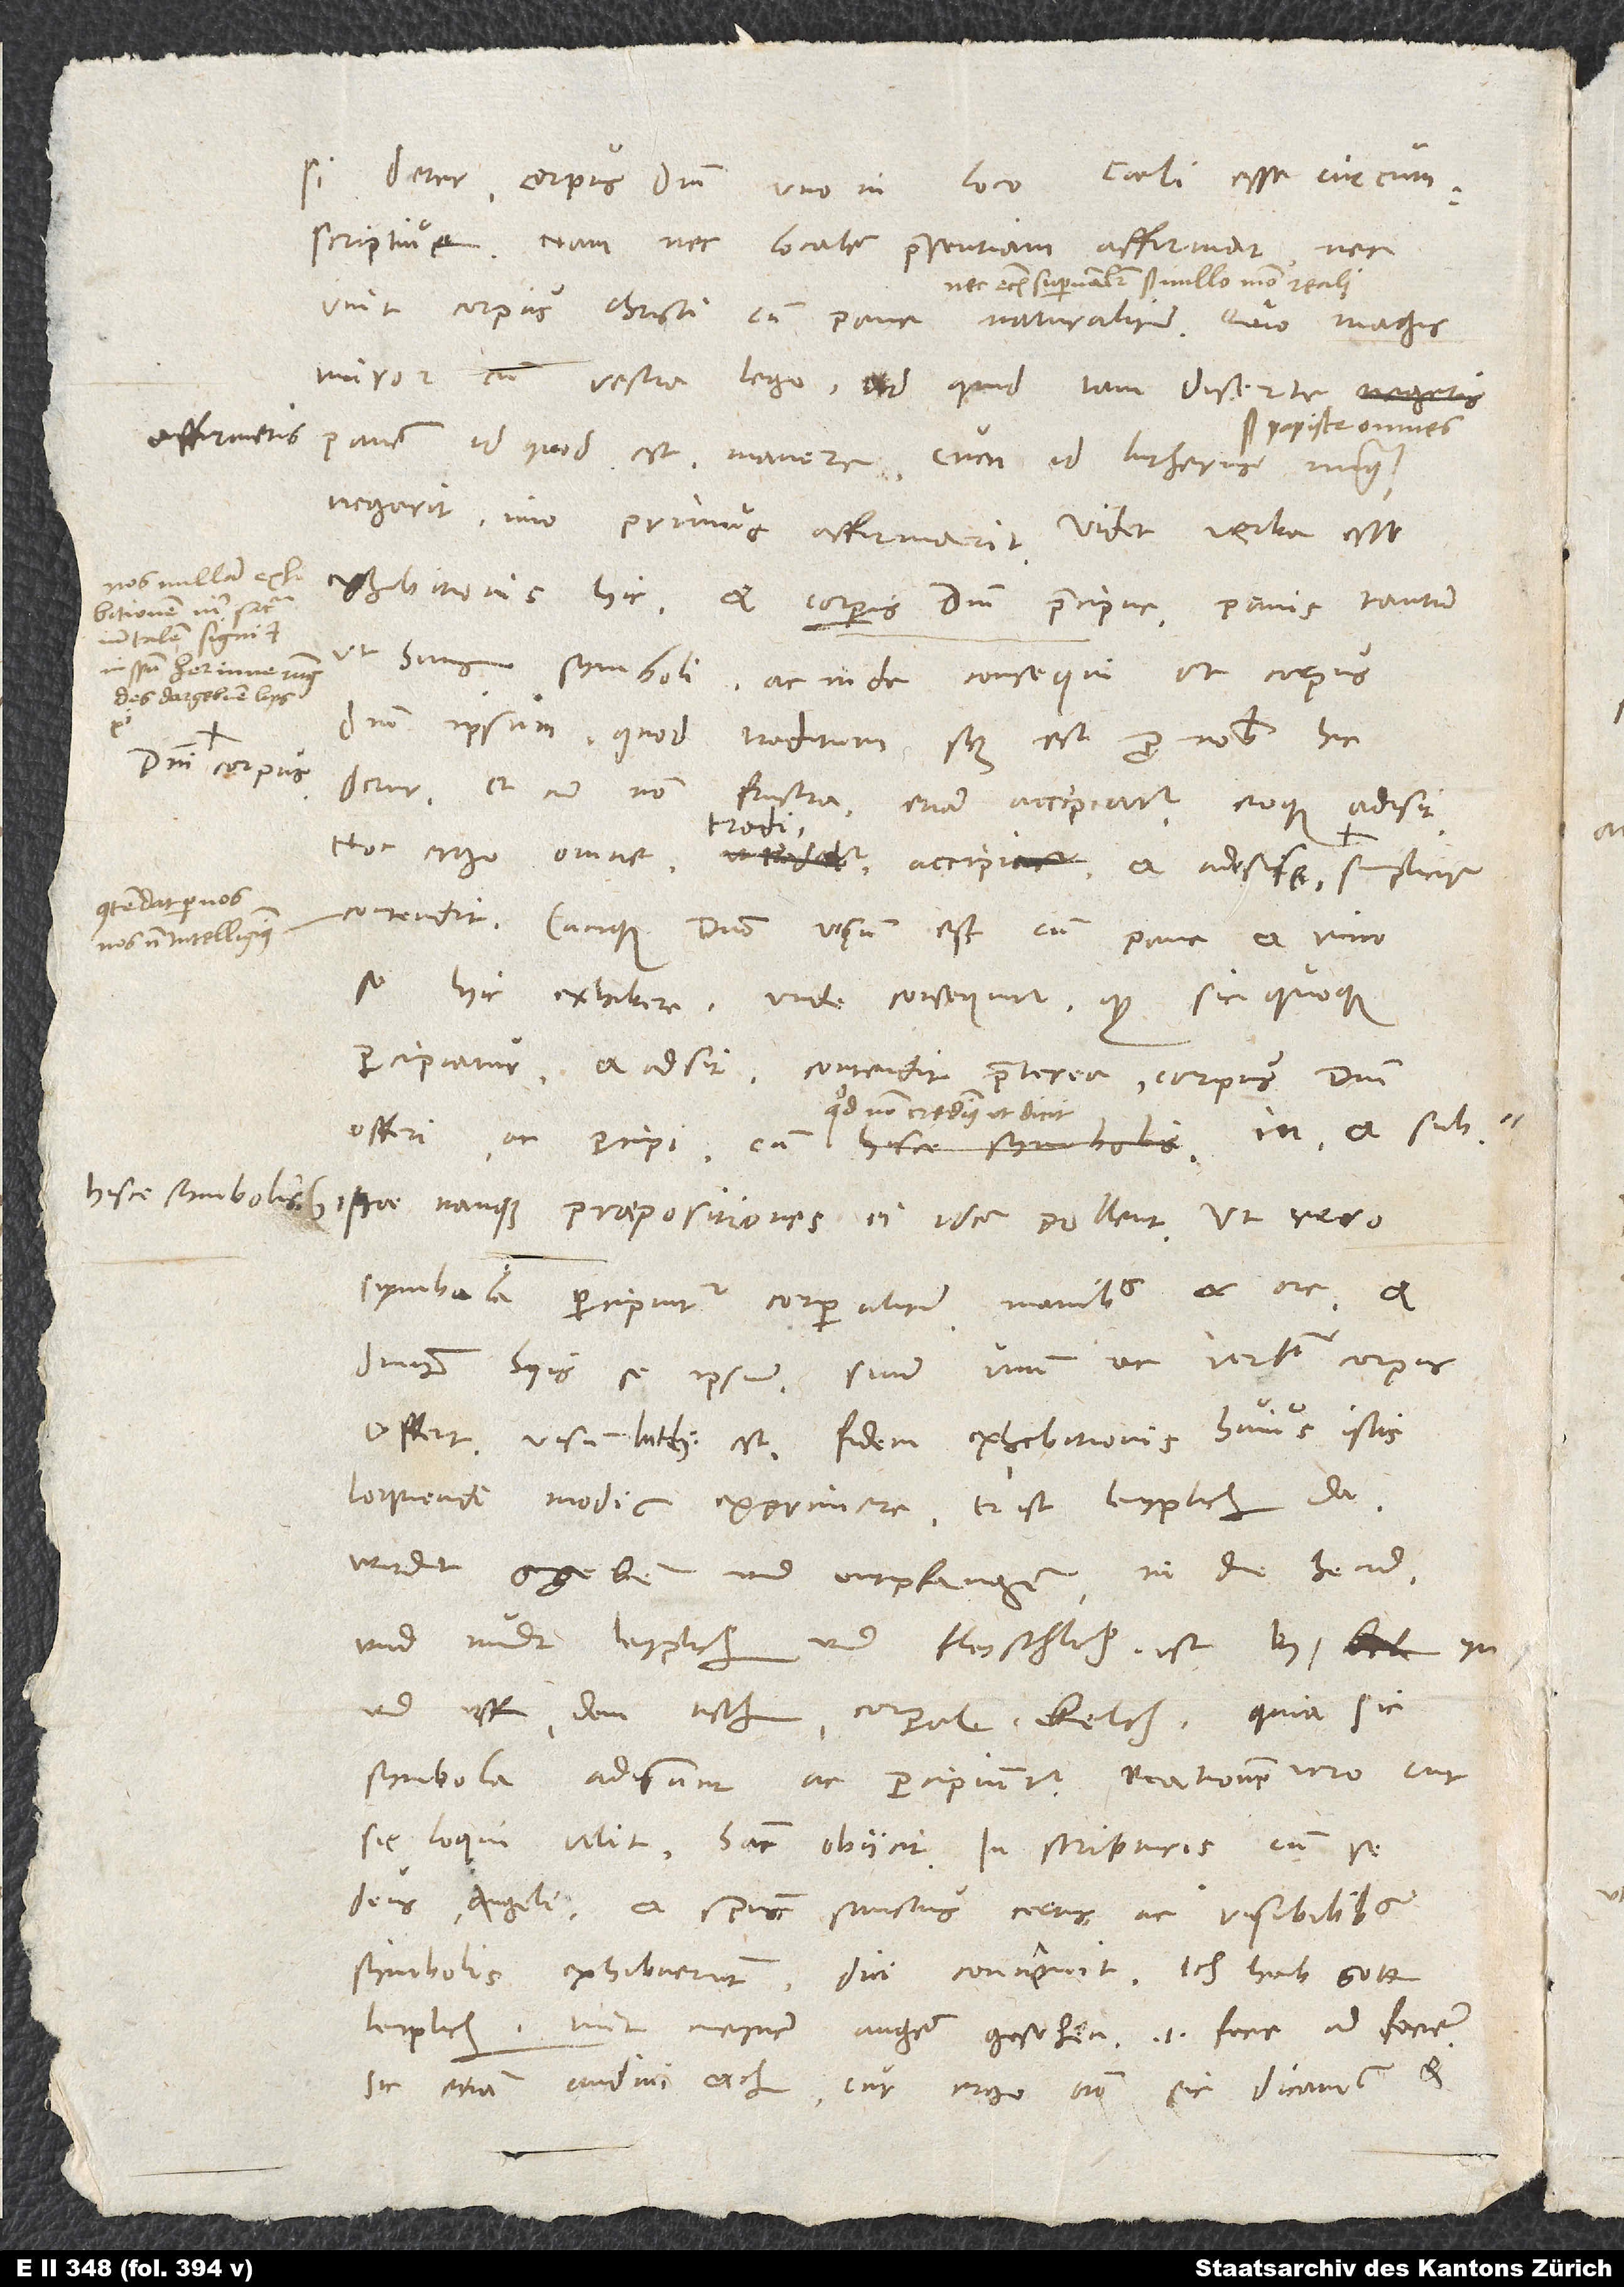
affirmetis
domini corpus,

detur corpus domini uno in loco
unit corpus Christi cum pane naturaliter. Quo magis
miror, cum vestra lego, quid tam diserte
panem id, quod est, manere, cum id Lutherus nunquam
negarit, imo primus affirmant. Videt verba esse
exhibitionis hic, et corporis domini praecipue, panis tantum
ut huius symboli, ac inde consequi, ut corpus
domini ipsum, quod traditum scilicet est pro nobis, hic
detur, et cum non frustra, etiam accipiatur eoque adsit.
contendit, cunque domino visum est cum pane et vino
se hic exhibere, unde consequitur, quod sic quoque
percipiatur et adsit, contendit praeterea corpus domini
offeri est fidem exhibitionis huius istis
loquendi modis exprimere: Er ist leyplich da,
wirdt gegeben und entpfangen in die hend
und mundt leyplich und fleyschlich, ist by, yn
und uff dem tisch, corporale, kelch, quia sic
sic loqui velit, hanc obiicit: In scripturis cum se
deus, angeli et spiritus sanctus certis ac visibilibus
symbolis exhibuerunt, dici convenit: Ich hab gott
leiplich, mit meynen augen gesehen, id est facie ad faciem,
sic etiam audivi etc. Cur ergo non sic dicamus et